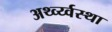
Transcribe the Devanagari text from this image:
अर्थ्व्य्वस्था